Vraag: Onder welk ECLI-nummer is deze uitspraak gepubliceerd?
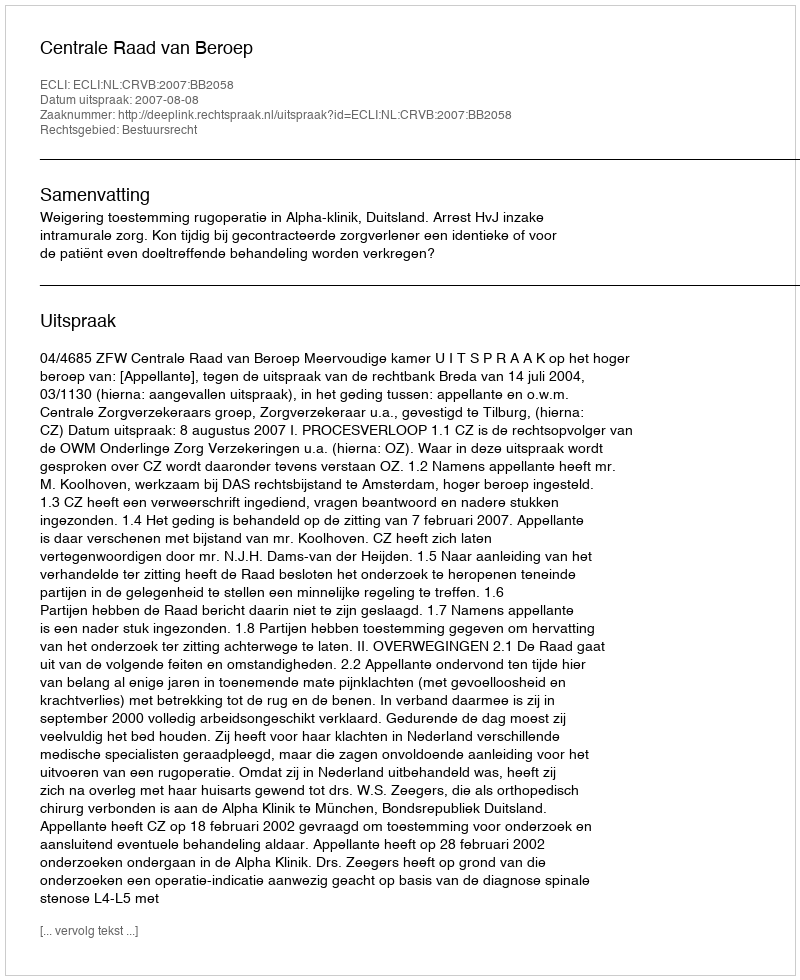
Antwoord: ECLI:NL:CRVB:2007:BB2058